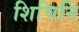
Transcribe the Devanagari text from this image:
शिचिनिं